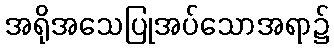
အရိုအသေပြုအပ်သောအရာ၌